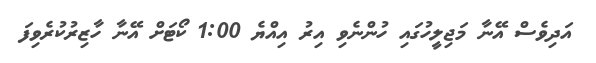
އަދިވެސް އޭނާ މަޖިލީހުގައި ހުންނެވި އިރު އިއްޔެ 1:00 ކޯޓަށް އޭނާ ހާޒިރުކުރެވިފަ